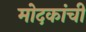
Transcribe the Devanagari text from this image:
मोदकांची